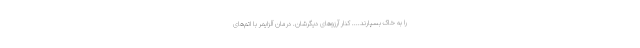
را به خاک بسپارند.... کنار آرزوهای دیگرشان. درمان آلزایمر با اتم‌های